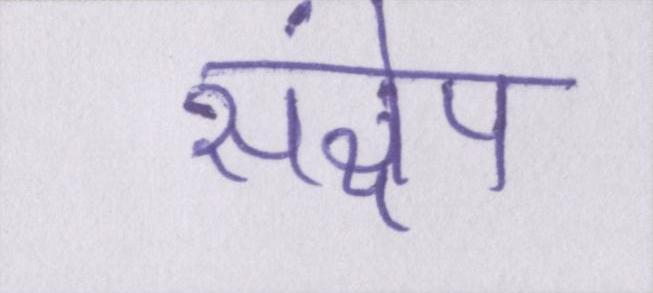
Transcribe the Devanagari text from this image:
संक्षेप